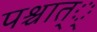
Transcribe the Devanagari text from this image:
पश्चात््